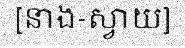
[នាង-ស្វាយ]